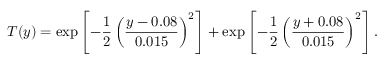
T ( y ) = \exp \left[ - \frac { 1 } { 2 } \left( \frac { y - 0 . 0 8 } { 0 . 0 1 5 } \right) ^ { 2 } \right] + \exp \left[ - \frac { 1 } { 2 } \left( \frac { y + 0 . 0 8 } { 0 . 0 1 5 } \right) ^ { 2 } \right] .